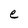
Character: e